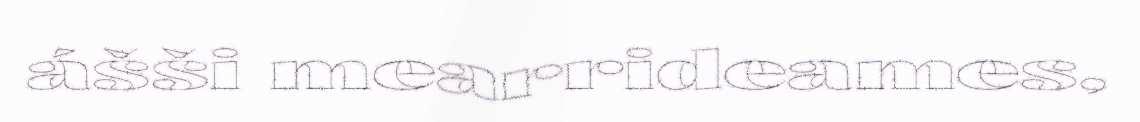
ášši mearrideames,